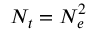
N _ { t } = N _ { e } ^ { 2 }